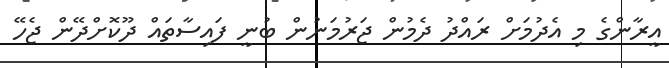
އީރާންގެ މި އެދުމަށް ރައްދު ދެމުން ޖަރުމަނުން ބުނީ ފައިސާތަައް ދޫކޮށްދޭން ޖެހޭ